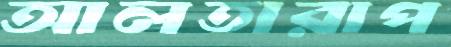
আলতারাপ